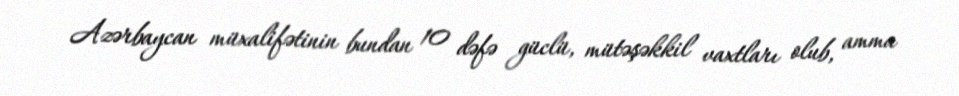
Azərbaycan müxalifətinin bundan 10 dəfə güclü, mütəşəkkil vaxtları olub, amma